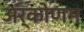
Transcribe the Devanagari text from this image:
अर्कोणम